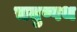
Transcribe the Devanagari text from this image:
चतुष्पथ